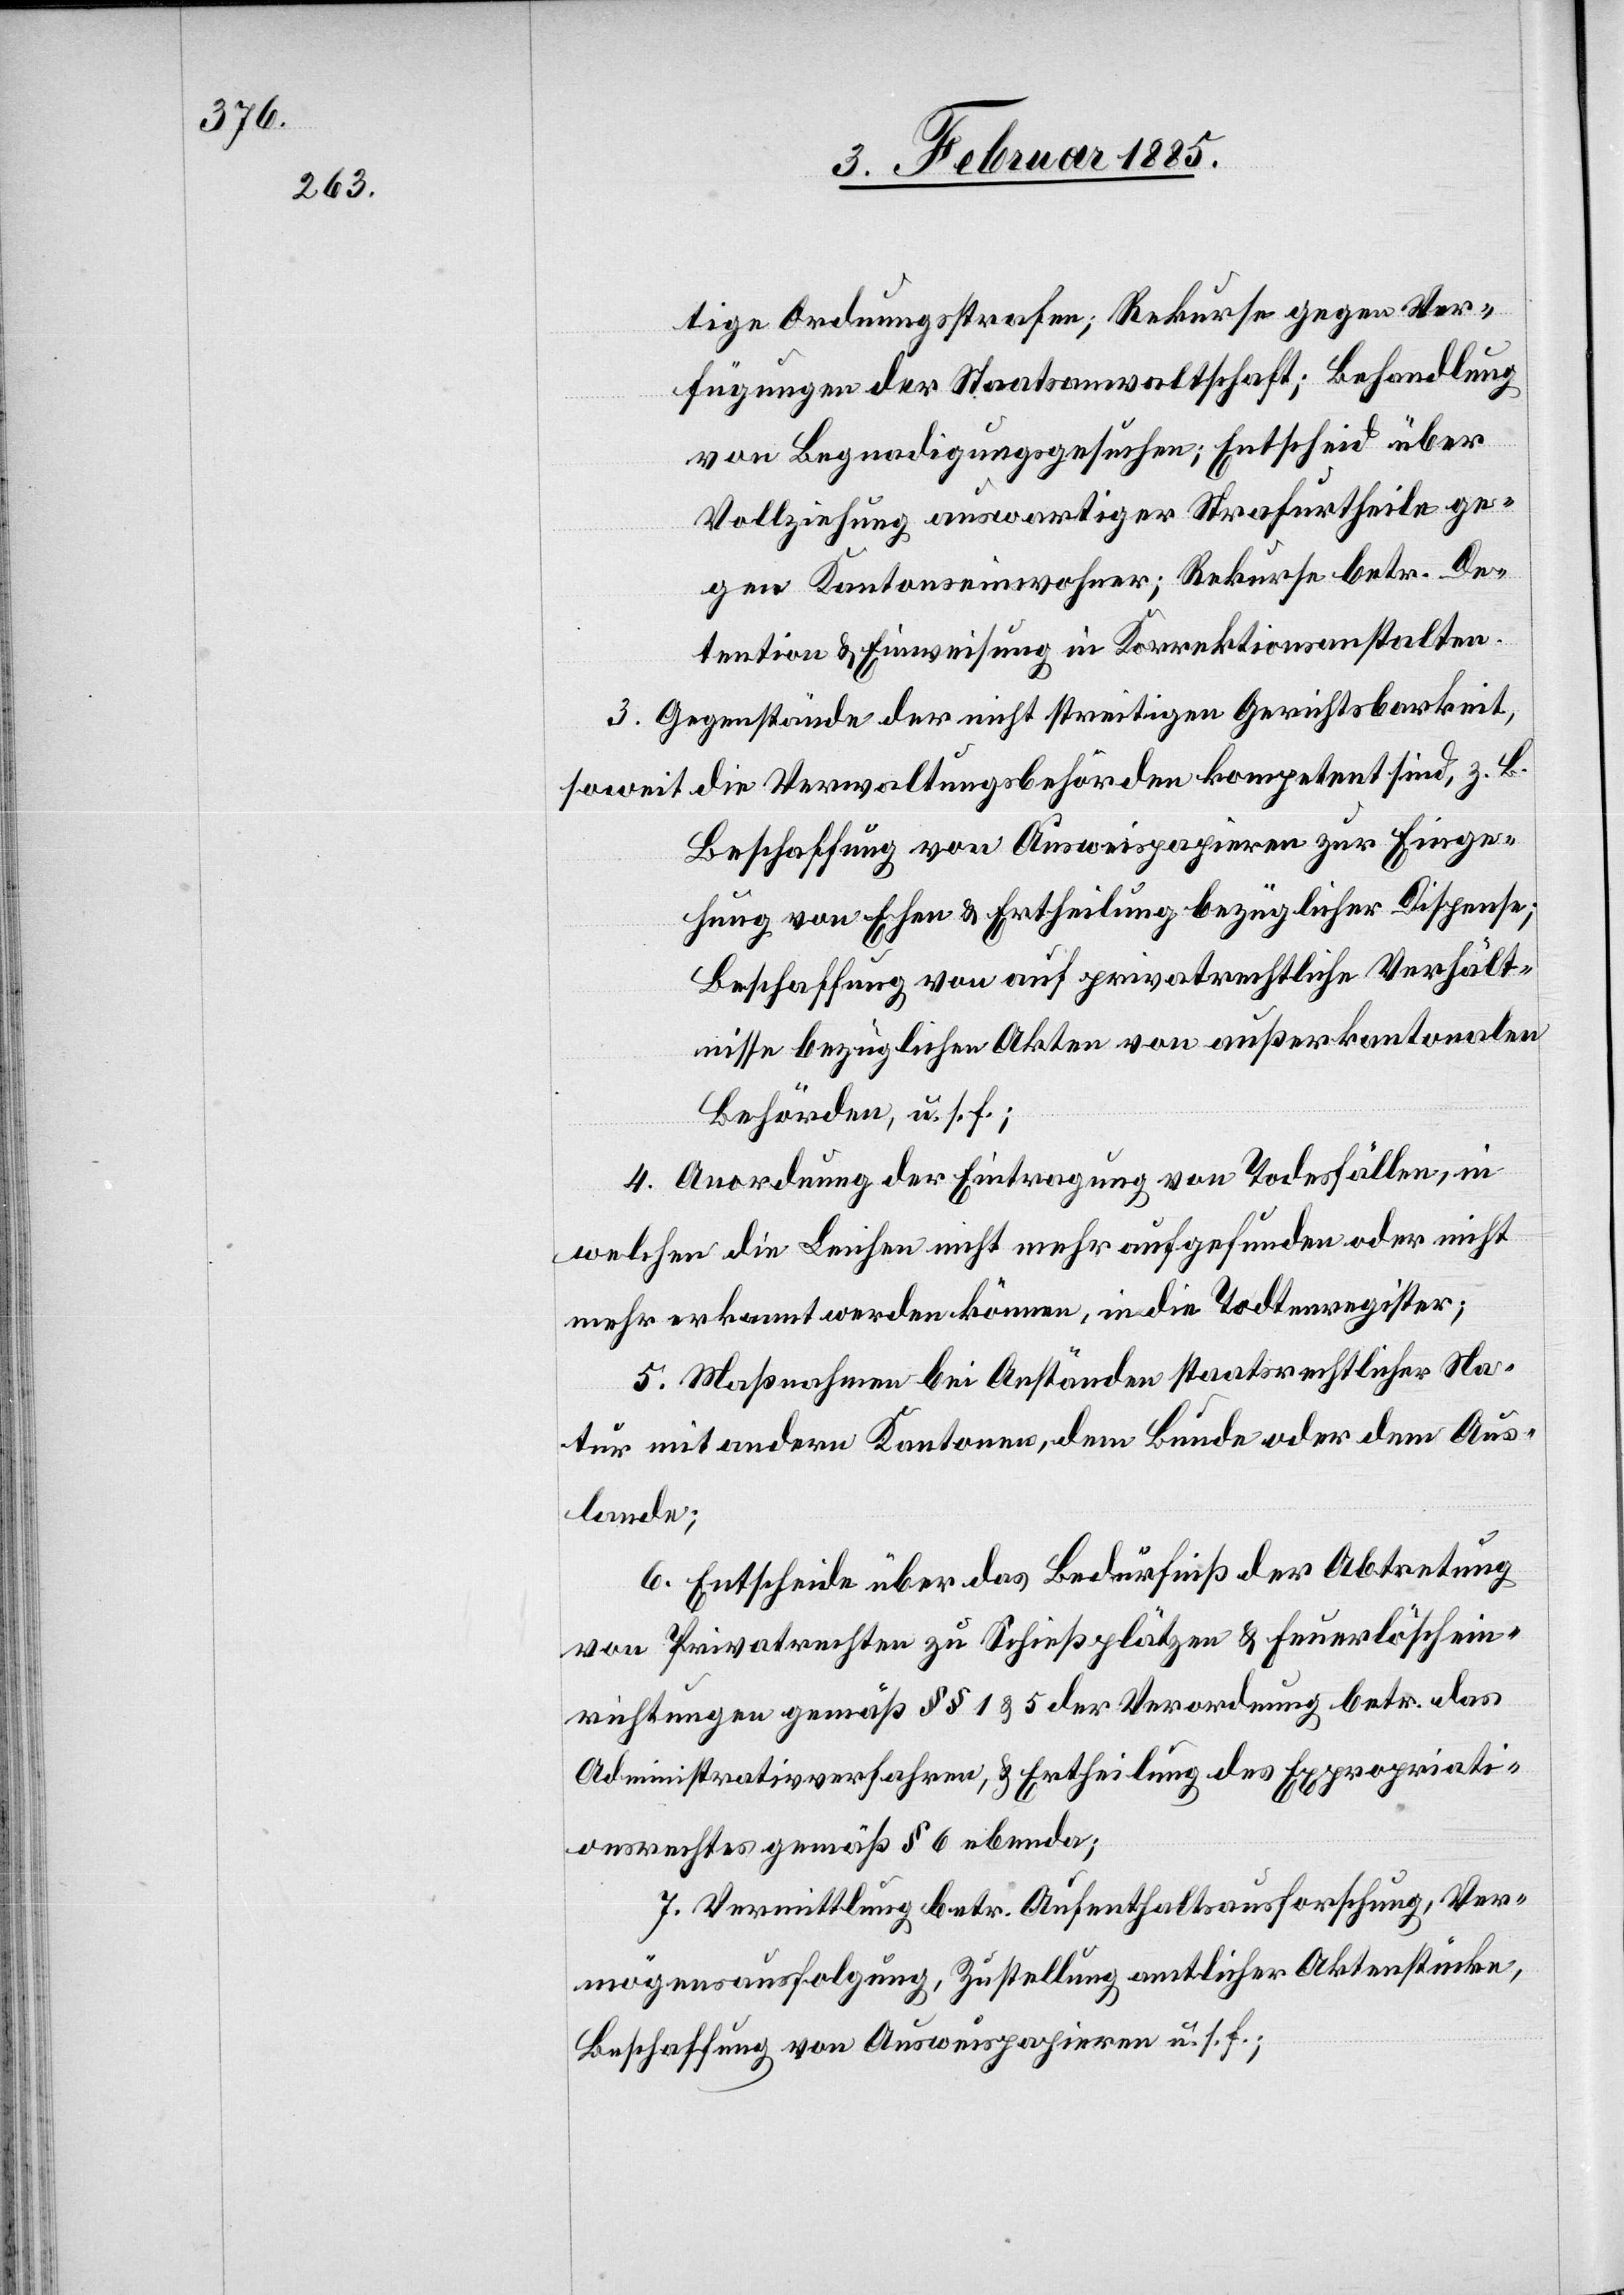
tige Ordnungsstrafen; Rekurse gegen Ver¬
fügungen der Staatsanwaltschaft; Behandlung
von Begnadigungsgesuchen; Entscheid über
Vollziehung auswärtiger Strafurtheile ge¬
gen Kantonseinwohner; Rekurse betr. De¬
tention & Einweisung in Korrektionsanstalten.
3. Gegenstände der nicht streitigen Gerichtsbarkeit,
soweit die Verwaltungsbehörden kompetent sind, z.
Beschaffung von Ausweispapieren zur Einge¬
hung von Ehen & Ertheilung bezüglicher Dispense;
Beschaffung von auf privatrechtliche Verhält¬
nisse bezüglichen Akten von Außerkantonalen
Behörden, u. s. f.;
4. Anordnung der Eintragung von Todesfällen, in
welchen die Leichen nicht mehr aufgefunden oder nicht
mehr erkannt werden können, in die Todtenregister;
5. Maßnahmen bei Anständen staatsrechtlicher Na¬
tur mit andern Kantonen, dem Bunde oder dem Aus¬
lande;
6. Entscheide über das Bedürfniß der Abtretung
von Privatrechten zu Schießplätzen & Feuerlöschein¬
richtungen gemäß §§ 1 & 5 der Verordnung betr. das
Administrativverfahren, & Ertheilung des Expropriati¬
onsrechtes gemäß § 6 ebenda;
7. Vermittlung betr. Aufenthaltsausforschung, Ver¬
mögensausfolgung, Zustellung amtlicher Aktenstücken,
Beschaffung von Ausweispapieren u. s. f.;